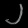
Digit: ၂